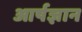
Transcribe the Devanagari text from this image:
आर्षज्ञान